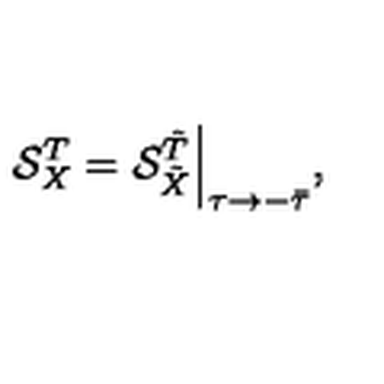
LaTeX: { \cal S } _ { X } ^ { T } = { \cal S } _ { \tilde { X } } ^ { \tilde { T } } \Big | _ { \tau \rightarrow - \bar { \tau } } ,